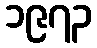
၁၉၇၃